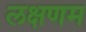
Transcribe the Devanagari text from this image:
लक्षणम